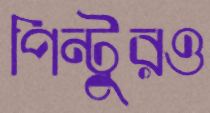
পিন্টুরও